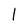
Character: l